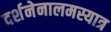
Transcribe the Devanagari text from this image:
दर्शनेनालमस्यात्र